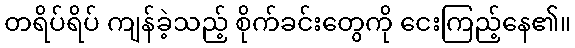
တရိပ်ရိပ် ကျန်ခဲ့သည့် စိုက်ခင်းတွေကို ငေးကြည့်နေ၏။